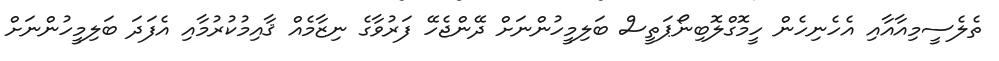
ތެލެސީމިއާއާއި އެހެނިހެން ހީމޮގްލޮބިނޯޕަތީސް ބަލިމީހުންނަށް ދޭންޖެހޭ ފަރުވާގެ ނިޒާމެއް ޤާއިމުކުރުމާއި އެފަދަ ބަލިމީހުންނަށް